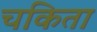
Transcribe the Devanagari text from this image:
चकिता